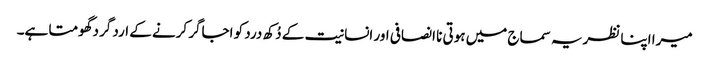
میرا اپنا نظریہ سماج میں ہوتی نا انصافی اور انسانیت کے دُکھ درد کو اجاگر کرنے کے ارد گرد گھومتا ہے۔